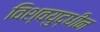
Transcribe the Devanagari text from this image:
विश्वयुद्धीन